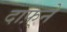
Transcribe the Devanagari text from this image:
दाफ़्ने